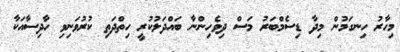
މިހާރު ހިނގަމުން މިދާ ޑިސެމްބަރު މަސް ދިވެހިންނާ ބައްދަލުކުރީ ހިތްދަތި ކުރުވަނިވި ހާދިސާއަކާ